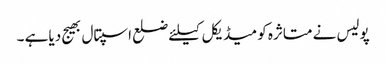
پولیس نے متاثرہ کو میڈیکل کیلئے ضلع اسپتال بھیج دیا ہے ۔